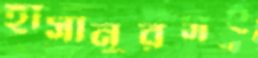
হাসানুরসহ